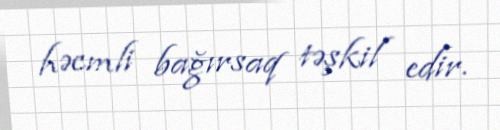
həcmli bağırsaq təşkil edir.